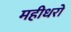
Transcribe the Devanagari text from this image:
महीधरो